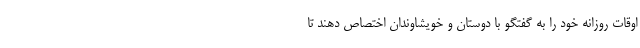
اوقات روزانه خود را به گفتگو با دوستان و خویشاوندان اختصاص دهند تا